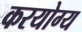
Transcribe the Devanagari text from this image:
करयोग्य